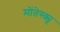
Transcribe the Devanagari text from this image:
मोंतेस्क्यू